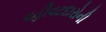
વહીવટદારોની